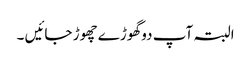
البتہ آپ دو گھوڑے چھوڑ جائیں ۔